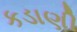
કડાણી